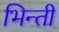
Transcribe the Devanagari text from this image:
भिन्ती